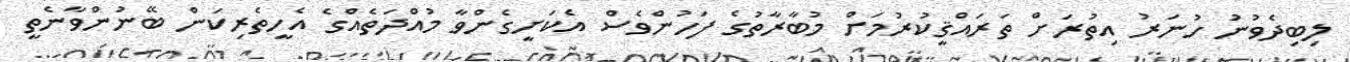
ލިބިދެވުނު ހުނަރު އިތުރަށް ތަރައްޤީކުރުމަށް މުބާރާތުގެ ފަހުންވެސް އެކަށީގެންވާ މުއްދަތެއްގެ އެހީތެރިކަން ބޭނުންވާނެތީ